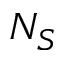
N _ { S }